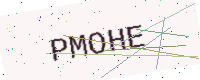
Text: PMOHE